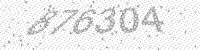
Solution: 876304